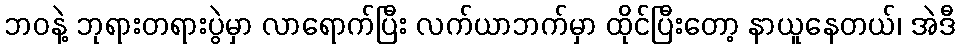
ဘဝနဲ့ ဘုရားတရားပွဲမှာ လာရောက်ပြီး လက်ယာဘက်မှာ ထိုင်ပြီးတော့ နာယူနေတယ်၊ အဲဒီ